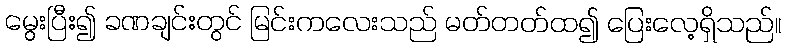
မွေးပြီး၍ ခဏချင်းတွင် မြင်းကလေးသည် မတ်တတ်ထ၍ ပြေးလေ့ရှိသည်။